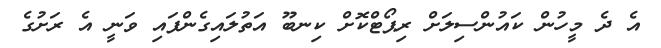
އެ ދެ މީހުން ކައުންސިލަށް ރިޕޯޓްކޮށް ކިނބޫ އަތުލައިގެންފައި ވަނީ އެ ރަށުގެ